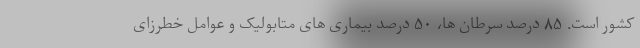
کشور است. ۸۵ درصد سرطان ها، ۵۰ درصد بیماری های متابولیک و عوامل خطرزای